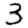
Digit: 3